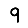
Digit: 9